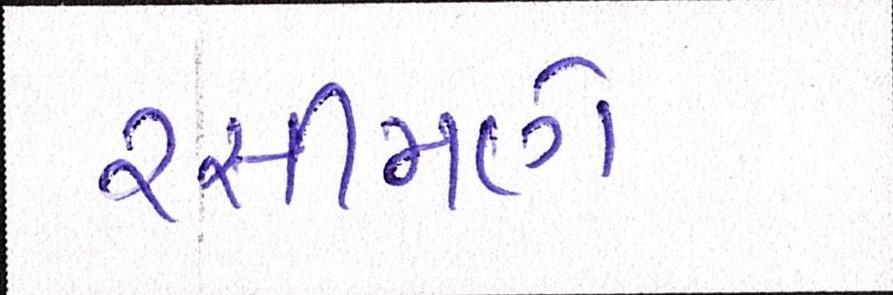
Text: રસીમણે